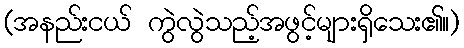
(အနည်းငယ် ကွဲလွဲသည့်အဖွင့်များရှိသေး၏။)